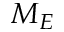
M _ { E }